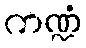
ကဏ္ဍံ